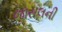
જાસલની